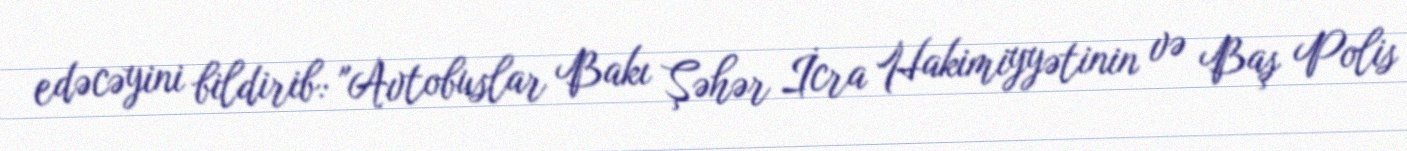
edəcəyini bildirib: "Avtobuslar Bakı Şəhər İcra Hakimiyyətinin və Baş Polis